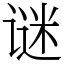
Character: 谜